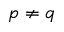
p \ne q